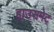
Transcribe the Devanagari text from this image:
हाउसमेट